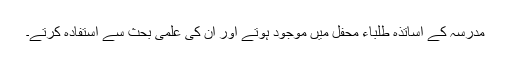
مدرسہ کے اساتذہ طلباء محفل میں موجود ہوتے اور اُن کی علمی بحث سے استفادہ کرتے۔